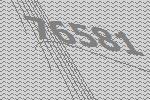
76581